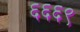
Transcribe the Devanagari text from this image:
६६६९